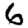
Digit: 6